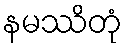
နမဿိတုံ